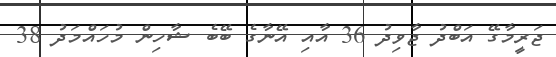
ޖަރީމާގޭ އަބްދު ޖާވިދު 36 އާއި އޭނާގެ ބޭބެ ޝާހިން މުހައްމަދު 38